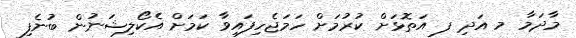
މާދަމާ މ އަދި ފ އަތޮޅަށް ކުރުމަށް ހަމަޖެހިފައިވާ ކަމަށް އެކޯލިޝަނުން ބުނެފި